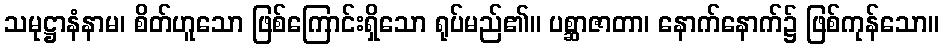
သမုဋ္ဌာနံနာမ၊ စိတ်ဟူသော ဖြစ်ကြောင်းရှိသော ရုပ်မည်၏။ ပစ္ဆာဇာတာ၊ နောက်နောက်၌ ဖြစ်ကုန်သော။